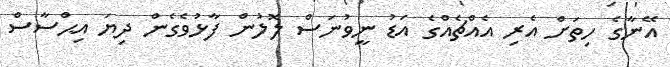
އޭނާގެ ހިތަށް އެރި އެއްޗެއްގެ އަޑު ނީވުނަސް ލޮލުން ފާޅުވެގެން ދިޔަ އިޙްސާސް